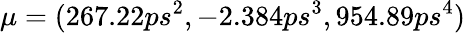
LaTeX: \mu=(267.22ps^{2},-2.384ps^{3},954.89ps^{4})